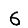
Digit: 6